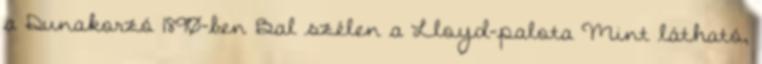
a Dunakorzó 1890-ben Bal szélen a Lloyd-palota Mint látható,